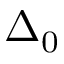
\Delta _ { 0 }